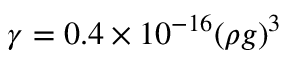
\gamma = 0 . 4 \times 1 0 ^ { - 1 6 } ( \rho g ) ^ { 3 }